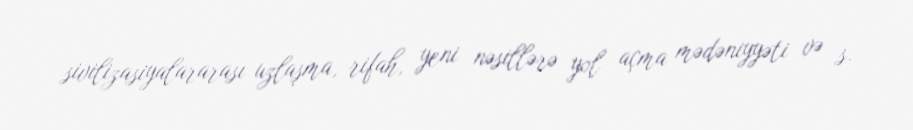
sivilizasiyalararası uzlaşma, rifah, yeni nəsillərə yol açma mədəniyyəti və s.